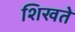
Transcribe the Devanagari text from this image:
शिखते